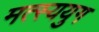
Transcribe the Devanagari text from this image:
मत्स्ययुग